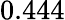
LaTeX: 0.444